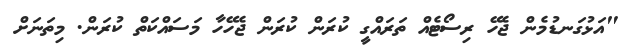
"އަޅުގަނޑުމެން ޖެހޭ ރިސޯޓެއް ތަރައްގީ ކުރަން ކުރަން ޖެހޭހާ މަސައްކަތް ކުރަން. މިތަނަށް